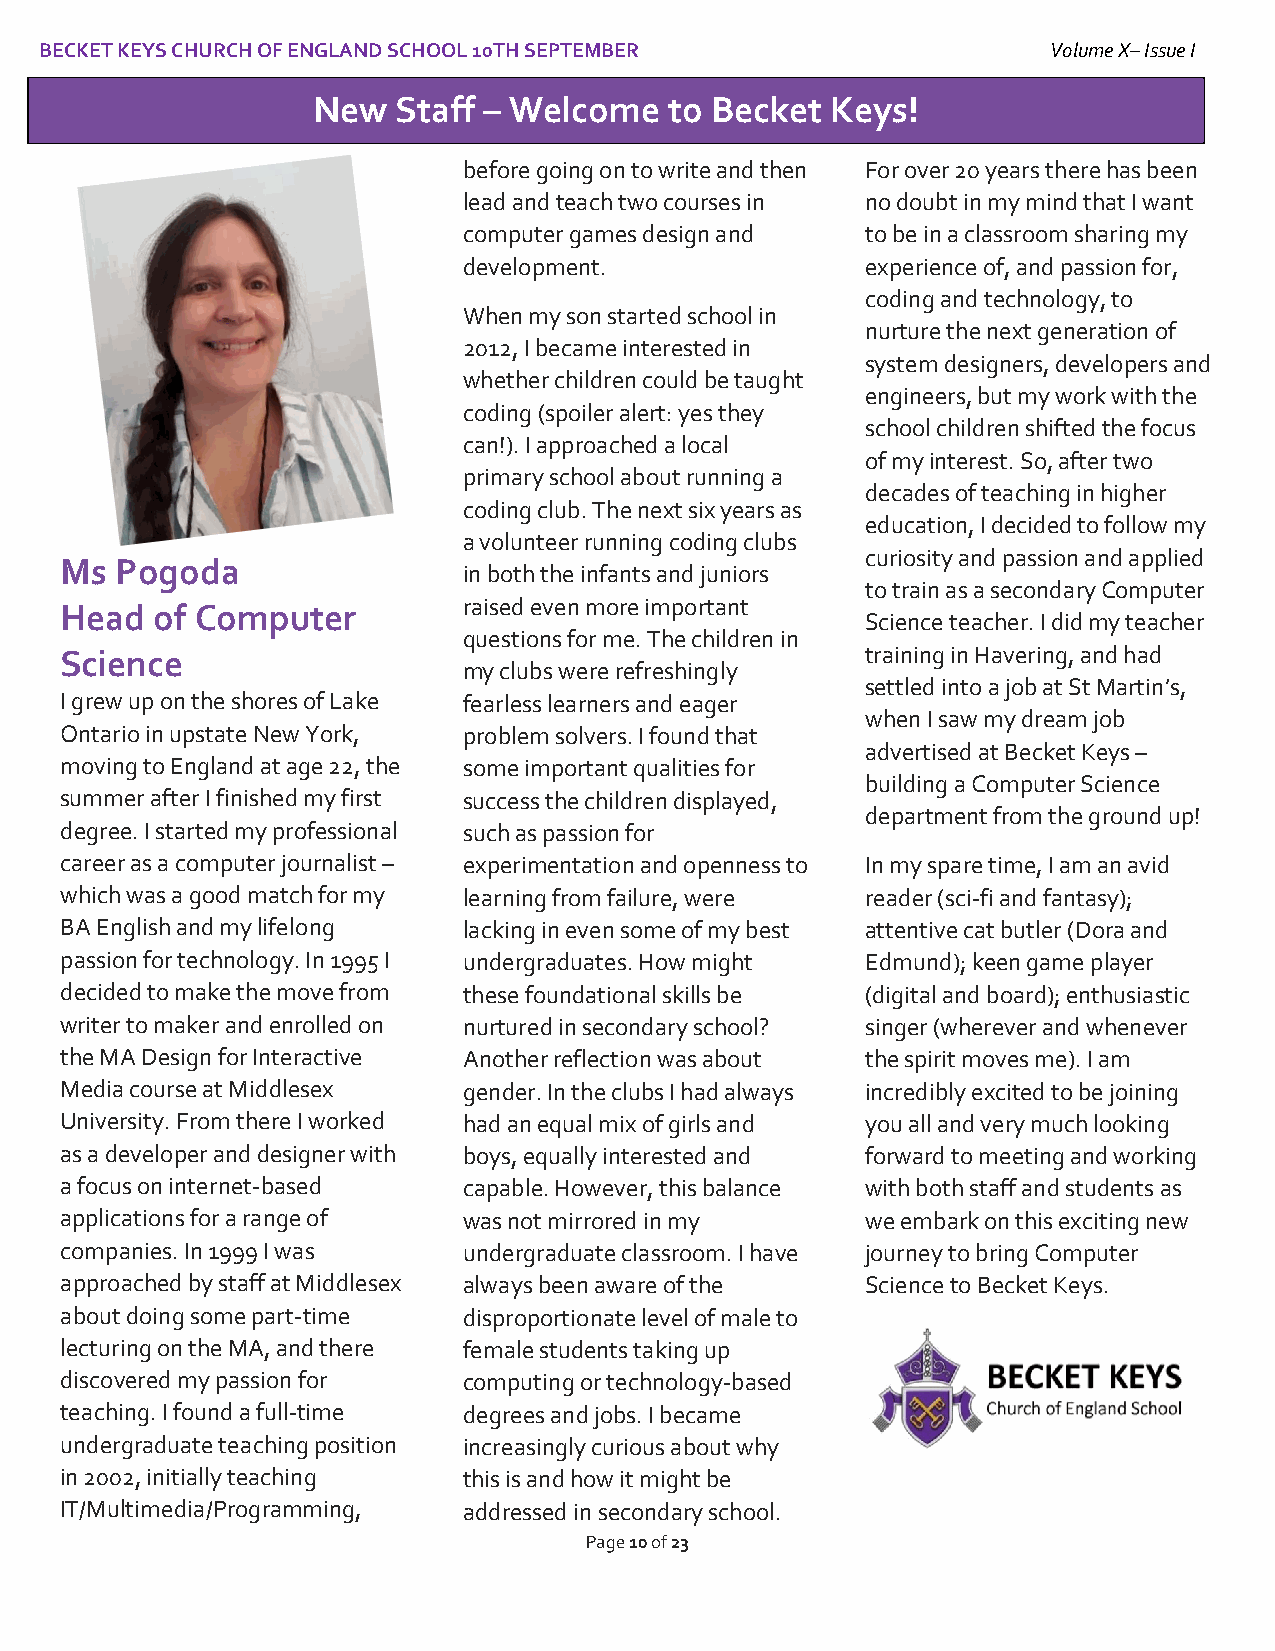
BECKET KEYS CHURCH OF ENGLAND SCHOOL 10TH SEPTEMBER                Volume X– Issue I
 I
 New  Staff – Welcome   to Becket  Keys!
 beforeW goeinlgc oonm toe w rtitoe and then For over 20 years there has been
 lead and teach two courses in no doubt in my mind that I want
 computer games design and to be in a classroom sharing my
 development.              experience of, and passion for,
 coding and technology, to
 When my son started school in
 nurture the next generation of
 2012, I became interested in
 system designers, developers and
 whether children could be taught
 engineers, but my work with the
 coding (spoiler alert: yes they
 school children shifted the focus
 can!). I approached a local
 of my interest. So, after two
 primary school about running a
 decades of teaching in higher
 coding club. The next six years as
 education, I decided to follow my
 a volunteer running coding clubs
 curiosity and passion and applied
 Ms  Pogoda
 in both the infants and juniors
 to train as a secondary Computer
 Head  of Computer          raised even more important
 Science teacher. I did my teacher
 questions for me. The children in
 Science                                              training in Havering, and had
 my clubs were refreshingly
 settled into a job at St Martin’s,
 I grew up on the shores of Lake fearless learners and eager
 when I saw my dream job
 Ontario in upstate New York, problem solvers. I found that
 advertised at Becket Keys –
 moving to England at age 22, the some important qualities for
 building a Computer Science
 summer after I finished my first success the children displayed,
 department from the ground up!
 degree. I started my professional such as passion for
 career as a computer journalist – experimentation and openness to In my spare time, I am an avid
 which was a good match for my learning from failure, were reader (sci-fi and fantasy);
 BA English and my lifelong lacking in even some of my best attentive cat butler (Dora and
 passion for technology. In 1995 I undergraduates. How might Edmund); keen game player
 decided to make the move from these foundational skills be (digital and board); enthusiastic
 writer to maker and enrolled on nurtured in secondary school? singer (wherever and whenever
 the MA Design for Interactive Another reflection was about the spirit moves me). I am
 Media course at Middlesex  gender. In the clubs I had always incredibly excited to be joining
 University. From there I worked had an equal mix of girls and you all and very much looking
 as a developer and designer with boys, equally interested and forward to meeting and working
 a focus on internet-based  capable. However, this balance with both staff and students as
 applications for a range of was not mirrored in my   we embark on this exciting new
 companies. In 1999 I was   undergraduate classroom. I have journey to bring Computer
 approached by staff at Middlesex always been aware of the Science to Becket Keys.
 about doing some part-time disproportionate level of male to
 lecturing on the MA, and there female students taking up
 discovered my passion for  computing or technology-based
 teaching. I found a full-time degrees and jobs. I became
 undergraduate teaching position increasingly curious about why
 in 2002, initially teaching this is and how it might be
 IT/Multimedia/Programming, addressed in secondary school.
 Page 10 of 23